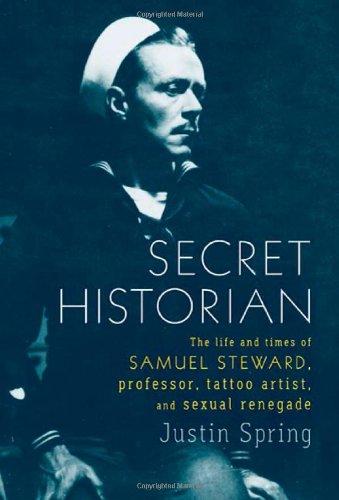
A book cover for Secret Historian: The Life and Times of Samuel Steward, Professor, Tattoo Artist, and Sexual Renegade; Justin Spring; Gay & Lesbian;